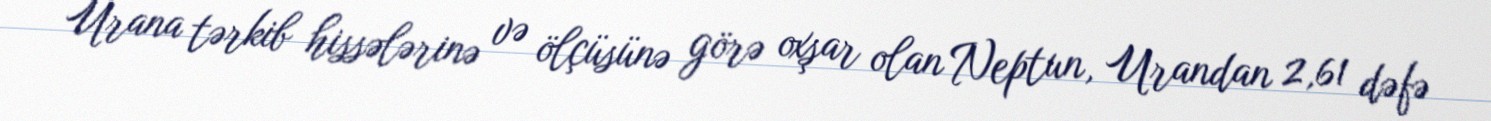
Urana tərkib hissələrinə və ölçüsünə görə oxşar olan Neptun, Urandan 2,61 dəfə